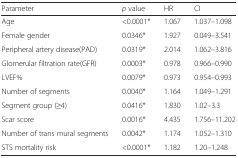
<table><thead><tr><td><b>Parameter</b></td><td><b><i>p</i> value</b></td><td><b>HR</b></td><td><b>CI</b></td></tr></thead><tbody><tr><td>Age</td><td>&lt;0.0001*</td><td>1.067</td><td>1.037–1.098</td></tr><tr><td>Female gender</td><td>0.0346*</td><td>1.927</td><td>0.049–3.541</td></tr><tr><td>Peripheral artery disease(PAD)</td><td>0.0319*</td><td>2.014</td><td>1.062–3.816</td></tr><tr><td>Glomerular filtration rate(GFR)</td><td>0.0003*</td><td>0.978</td><td>0.966–0.990</td></tr><tr><td>LVEF%</td><td>0.0079*</td><td>0.973</td><td>0.954–0.993</td></tr><tr><td>Number of segments</td><td>0.0040*</td><td>1.164</td><td>1.049–1.291</td></tr><tr><td>Segment group (≥4)</td><td>0.0416*</td><td>1.830</td><td>1.02–3.3</td></tr><tr><td>Scar score</td><td>0.0016*</td><td>4.435</td><td>1.756–11.202</td></tr><tr><td>Number of trans mural segments</td><td>0.0042*</td><td>1.174</td><td>1.052–1.310</td></tr><tr><td>STS mortality risk</td><td>&lt;0.0001*</td><td>1.182</td><td>1.20–1.248</td></tr></tbody></table>